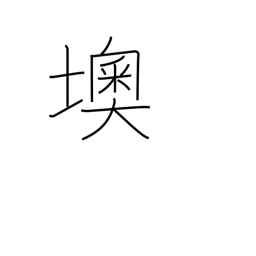
Meaning: Austria